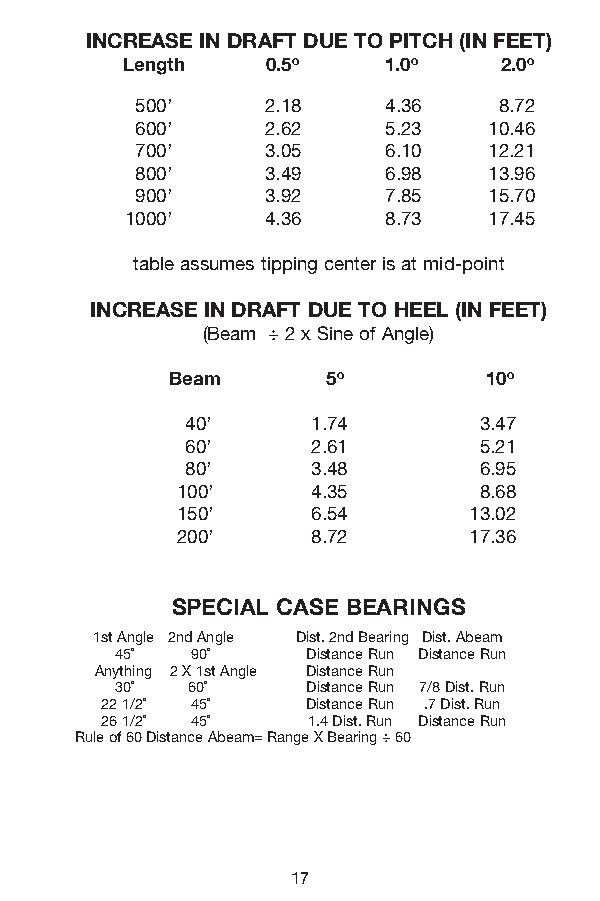
INCREASE IN DRAFT DUE TO PITCH (IN FEET)
 Length 0 .5O 1 .0O 2 .0O
 500’ 2.18 4.36 8.72
 600’ 2.62 5.23 10.46
 700’ 3.05 6.10 12.21
 800’ 3.49 6.98 13.96
 900’ 3.92 7.85 15.70
 1000’ 4.36 8.73 17.45
 table assumes tipping center is at mid-point
 INCREASE IN DRAFT DUE TO HEEL (IN FEET)
 (Beam ÷ 2 x Sine of Angle)
 Beam 5O 10O
 40’ 1.74 3.47
 60’ 2.61 5.21
 80’ 3.48 6.95
 100’ 4.35 8.68
 150’ 6.54 13.02
 200’ 8.72 17.36
 SPECIAL CASE BEARINGS
 1st Angle 2nd Angle Dist. 2nd Bearing Dist. Abeam
 45˚ 90˚ Distance Run Distance Run
 Anything 2 X 1st Angle Distance Run
 30˚ 60˚ Distance Run 7/8 Dist. Run
 22 1/2˚ 45˚ Distance Run .7 Dist. Run
 26 1/2˚ 45˚ 1.4 Dist. Run Distance Run
 Rule of 60 Distance Abeam= Range X Bearing ÷ 60
 17